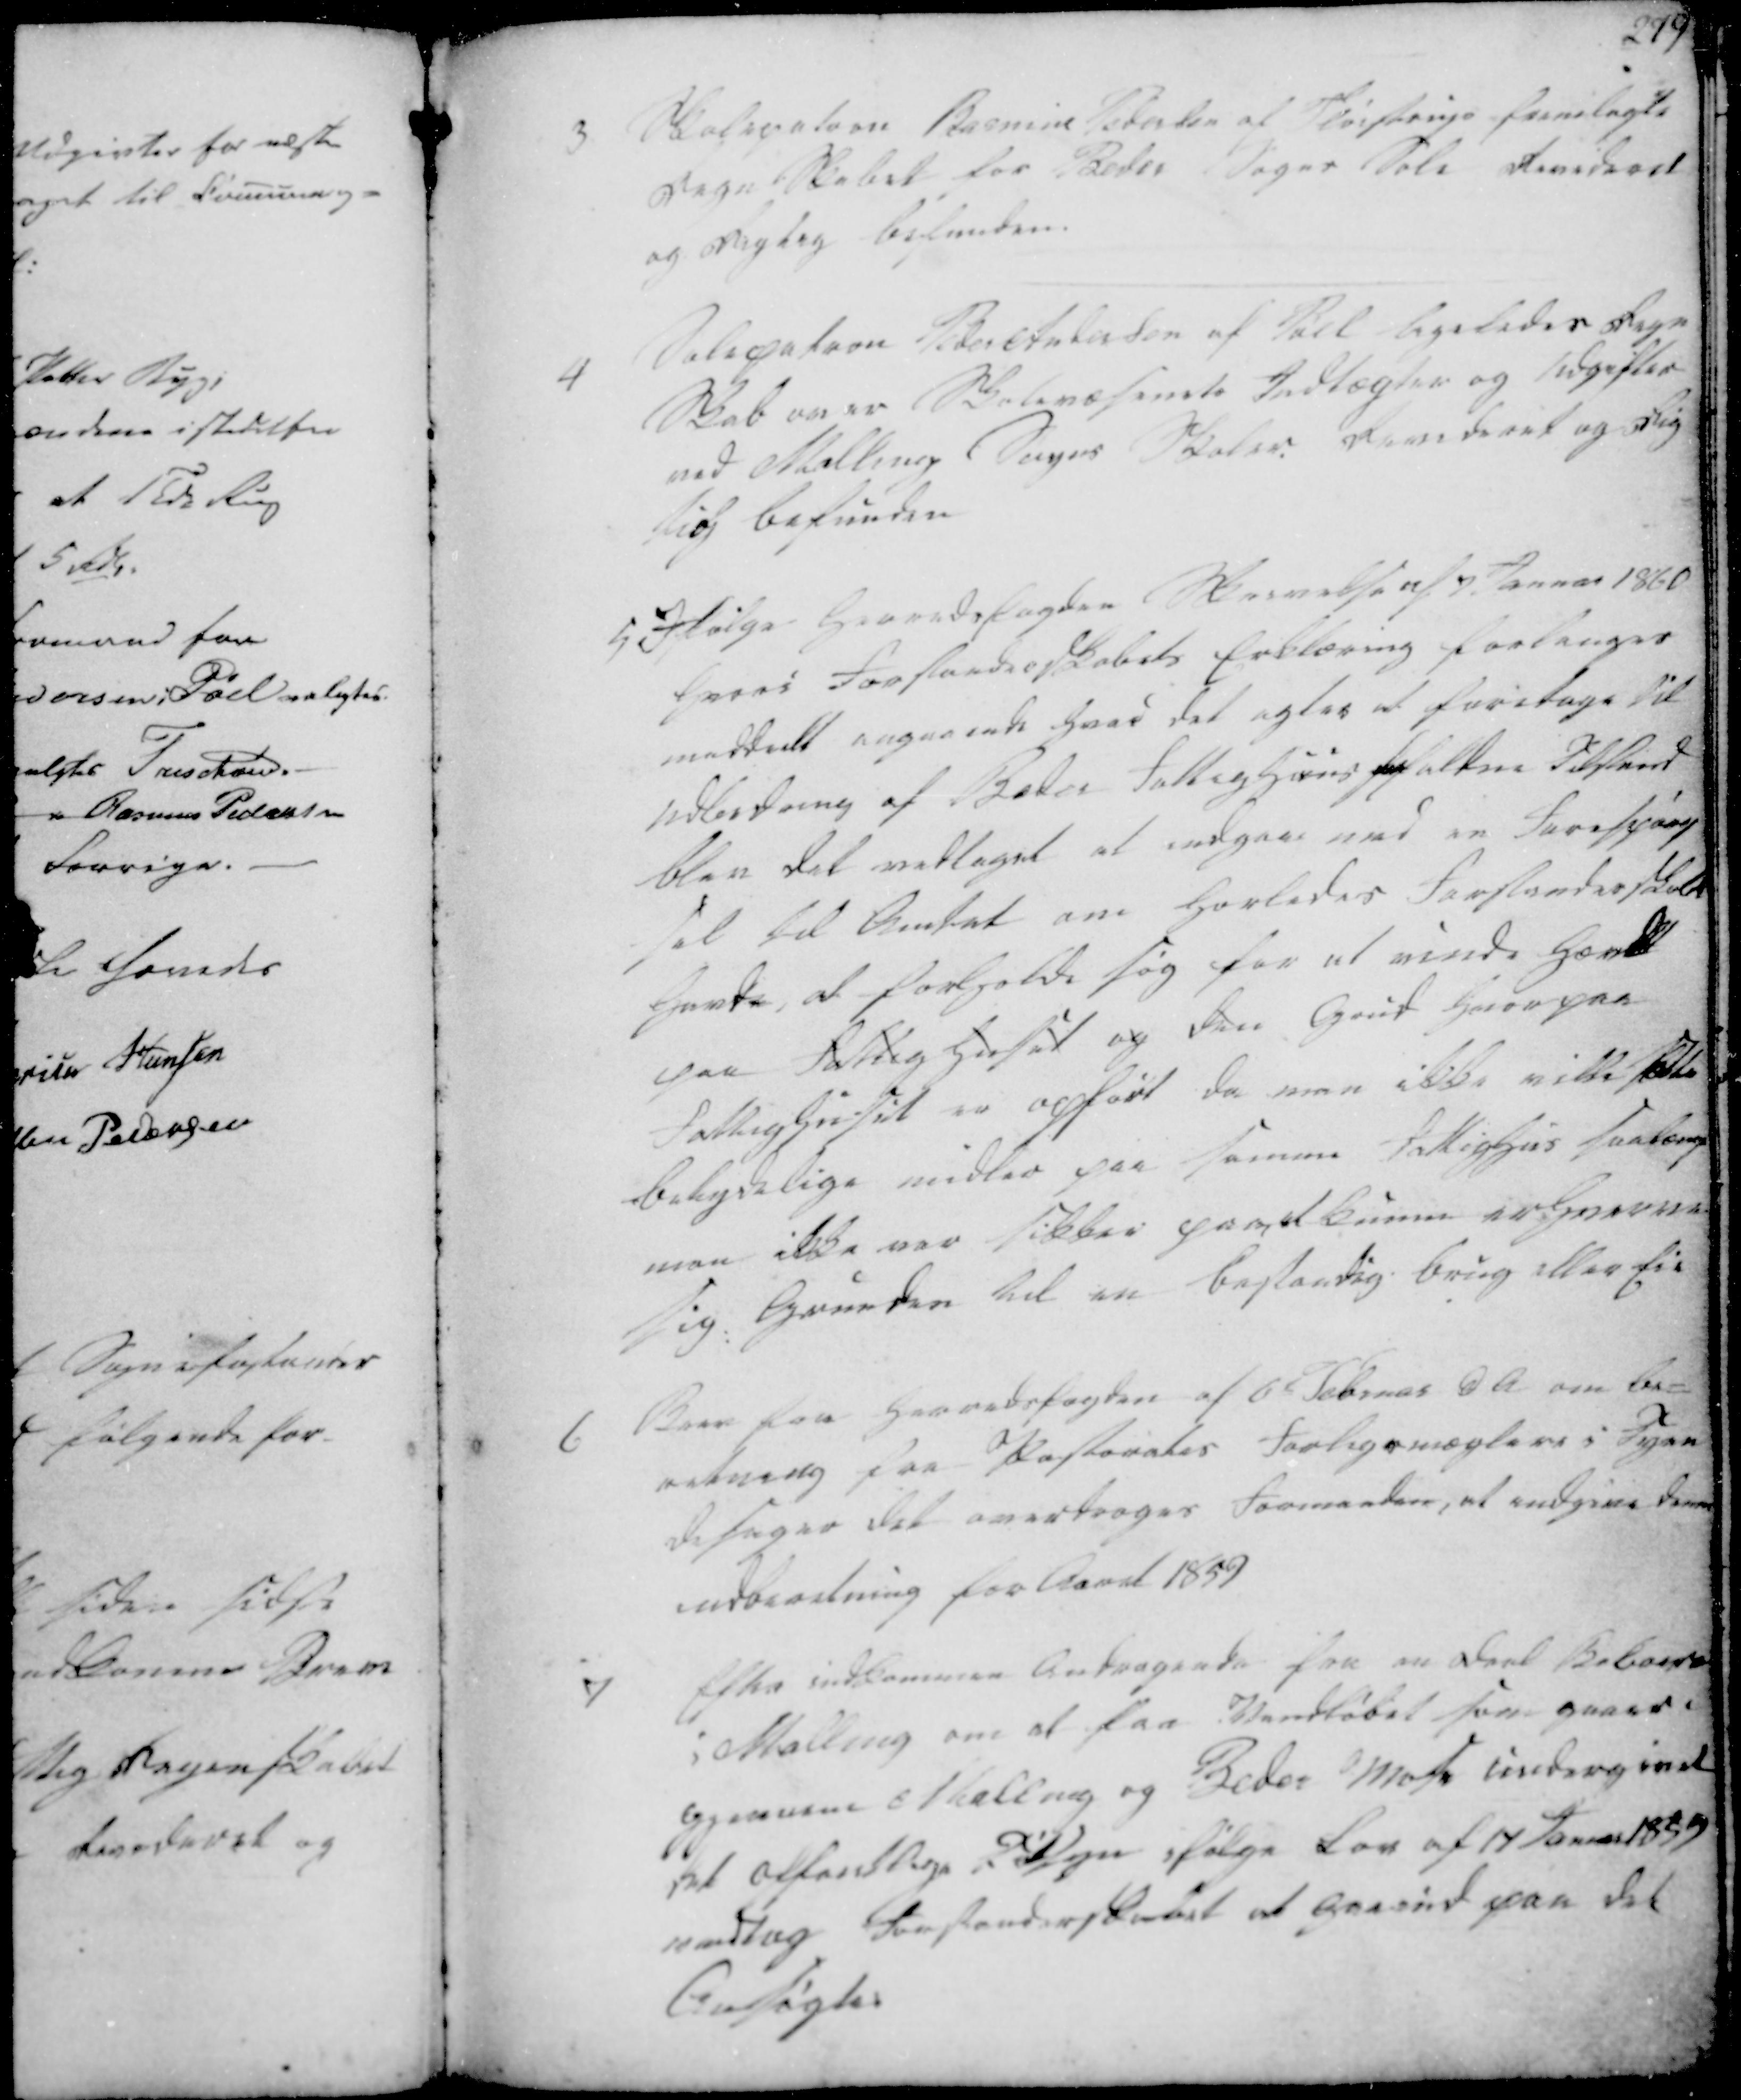
Transskription:
3 Skolepatron Rasmus Pedersen af Fløistrup fremlagte
Regn Skabet for Beder Sogns Sole revideret
og Rigtig befunden.
4
Solepatron Peder Andersen af Pøel ligeledes Regn
Skab over Skolevæsenets Indtægter og Udgifter
ved Malling Sogns Skoler. Revideret og Rig
tigt befunden

5 Ifølge Herredsfogden Skrivelse af 7. Januar 1860
hvori Forstanderskabets Erklæring forlanges
meddeelt angaaende hvad det agter at foretage til
udlerdring af Beder Fattighuus Ffaltme Tilstand,
blev det vedtaget at indgaae med en Forespørg
-sel til Amtet om hvorledes Forstanderskabet
havte, at forholde sig for at vinde Hævd
paa Fattighuset og den Grund hvorpaa
Fattighuuset er opført, da man ikke ville sætte
betydelige midler paa samme Fattighus saalænge
man ikke var sikker paa at kunne er Hverve
sig Grunden til en bestandig Brug eller Eie

6
Brev fra Herredsfogden af 6te Februar d A om be-
retning paa Pastorates Forligsmæglere i Tyen
desager det overdroges Formanden, at indgive denne
indberetning for Aaret 1859
7
Efter indkommen Andragende fra en Deel Beboere
i Malling om at faa Vandløbet som gaaer i
gjennem Malling og Beder Mose undergivet
det offentlige Tilsyn ifølge Lov af 17 Januar 1859
vedtag Forstanderskabet at gaaeind paa det
Ansøgte.